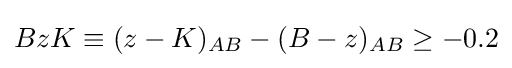
BzK\equiv (z-K)_{AB}-(B-z)_{AB}\geq -0.2